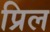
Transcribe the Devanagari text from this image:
प्रिल